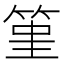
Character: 𥭤